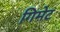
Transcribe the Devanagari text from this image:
गिमेट